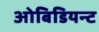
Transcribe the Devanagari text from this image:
ओबिडियन्ट